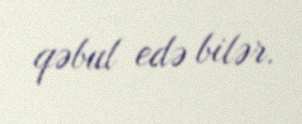
qəbul edə bilər.